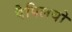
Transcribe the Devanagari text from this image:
पैपिलयो